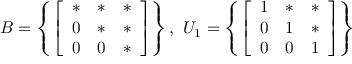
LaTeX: B = \left\{ { \left[ \begin{array} { l l l } { * } & { * } & { * } \\ { 0 } & { * } & { * } \\ { 0 } & { 0 } & { * } \end{array} \right] } \right\} , { \mathrm { ~ } } U _ { 1 } = \left\{ { \left[ \begin{array} { l l l } { 1 } & { * } & { * } \\ { 0 } & { 1 } & { * } \\ { 0 } & { 0 } & { 1 } \end{array} \right] } \right\}